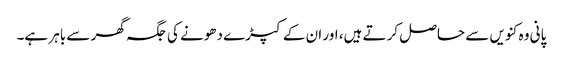
پانی وہ کنویں سے حاصل کرتے ہیں، اور ان کے کپڑے دھونے کی جگہ گھر سے باہر ہے۔